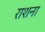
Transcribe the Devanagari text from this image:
राशना